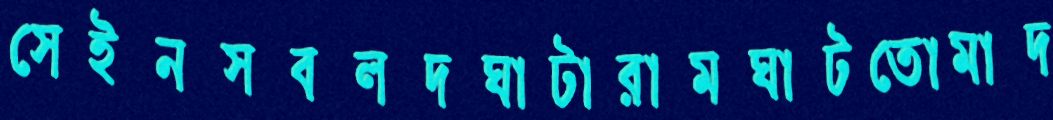
সেইনসবলদঘাটারামঘাটতোমাদ